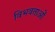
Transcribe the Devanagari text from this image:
विभवताओं